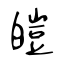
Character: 皚